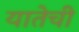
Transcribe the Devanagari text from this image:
यातेची